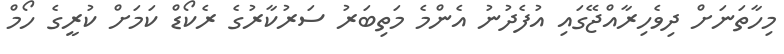
މިހާތަނަށް ދިވެހިރާއްޖޭގައި އުފެދުނު އެންމެ މަތިބަރު ސަރުކާރުގެ ރެކޯޑް ކަމަށް ކުރީގެ ހޯމް